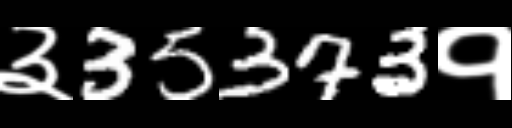
Text: ३35373१